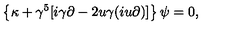
\left\{ \kappa + \gamma ^ { 5 } [ i \gamma \partial - 2 u \gamma ( i u \partial ) ] \right\} \psi = 0 ,